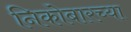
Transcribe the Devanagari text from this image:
निकोबारच्या